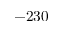
- 2 3 0